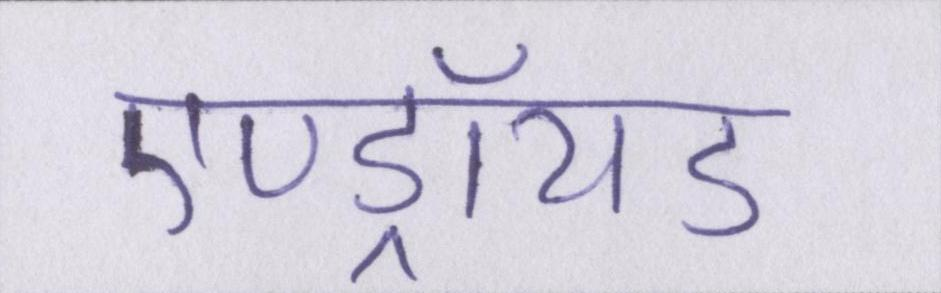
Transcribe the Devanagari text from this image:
एण्ड्रॉयड